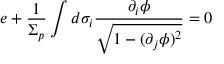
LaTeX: e + \frac { 1 } { \Sigma _ { p } } \int d \sigma _ { i } \frac { \partial _ { i } \phi } { \sqrt { 1 - ( \partial _ { j } \phi ) ^ { 2 } } } = 0